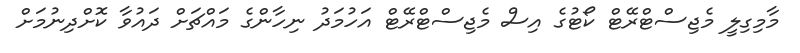
މާމިގިލީ މެޖިސްޓްރޭޓް ކޯޓުގެ އިސް މެޖިސްޓްރޭޓް އަހުމަދު ނިހާންގެ މައްޗަށް ދައުވާ ކޮށްދިނުމަށް